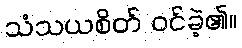
သံသယစိတ် ဝင်ခဲ့၏။